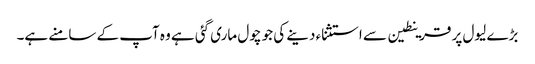
بڑے لیول پر قرینطین سے استثناء دینے کی جو چول ماری گئی ہے وہ آپ کے سامنے ہے۔